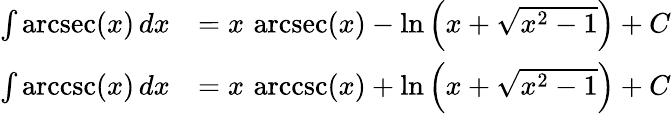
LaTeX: {\begin{array}{rl}{\int\operatorname{arcsec}(x)\, dx}&{=x\, \operatorname{arcsec}(x)-\ln\left(x+{\sqrt{x^{2}-1}}\right)+C}\\ {\int\operatorname{arccsc}(x)\, dx}&{=x\, \operatorname{arccsc}(x)+\ln\left(x+{\sqrt{x^{2}-1}}\right)+C}\end{array}}